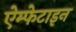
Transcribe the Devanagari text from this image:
ऐम्फेटाइन